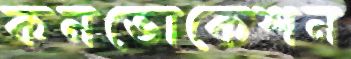
কনভোকেশন